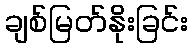
ချစ်မြတ်နိုးခြင်း